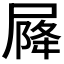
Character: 𡲣